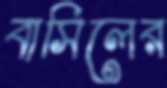
বাসিলের